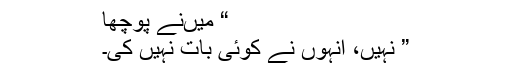
“ میںنے پوچھا
” نہیں، انہوں نے کوئی بات نہیں کی۔